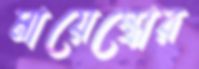
মায়েস্ত্রোর